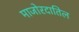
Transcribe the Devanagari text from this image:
माजोरदातिल